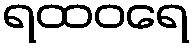
ရထဝရေ